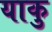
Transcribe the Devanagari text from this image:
याकु